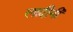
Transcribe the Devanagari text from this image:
लादीनी